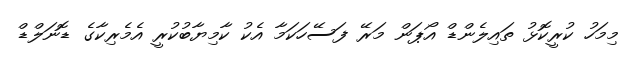
މިމަހު ކުރީކޮޅު ތައިލެންޑް އޯޕަން މަރޭ ފަސޭހަކަމާ އެކު ކާމިޔާބުކުރީ އެމެރިކާގެ ޑޮނަލްޑް